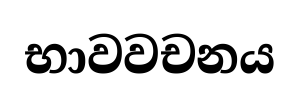
භාවවචනය